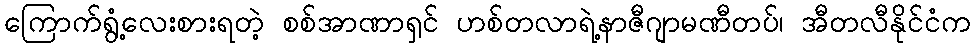
ကြောက်ရွံ့လေးစားရတဲ့ စစ်အာဏာရှင် ဟစ်တလာရဲ့နာဇီဂျာမဏီတပ်၊ အီတလီနိုင်ငံက